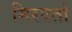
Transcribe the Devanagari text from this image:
मिरवतो